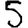
Digit: 5